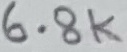
Text: 6.8K